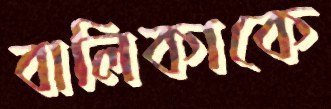
বালিকাকে